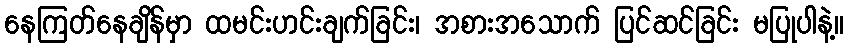
နေကြတ်နေချိန်မှာ ထမင်းဟင်းချက်ခြင်း၊ အစားအသောက် ပြင်ဆင်ခြင်း မပြုပါနဲ့။